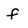
Character: f